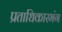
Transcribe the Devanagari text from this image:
प्रताधिकारभंग